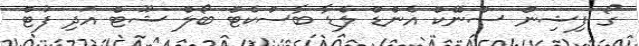
ގޯ ފިޝިން ސްނޭކް އެންޑް ލެޑާ ބާސްކެޓް ބޯލް ޝޫޓް އަދި ފުޓް